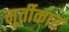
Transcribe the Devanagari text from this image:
मूर्तीकार